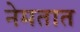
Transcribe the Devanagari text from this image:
नेमतात